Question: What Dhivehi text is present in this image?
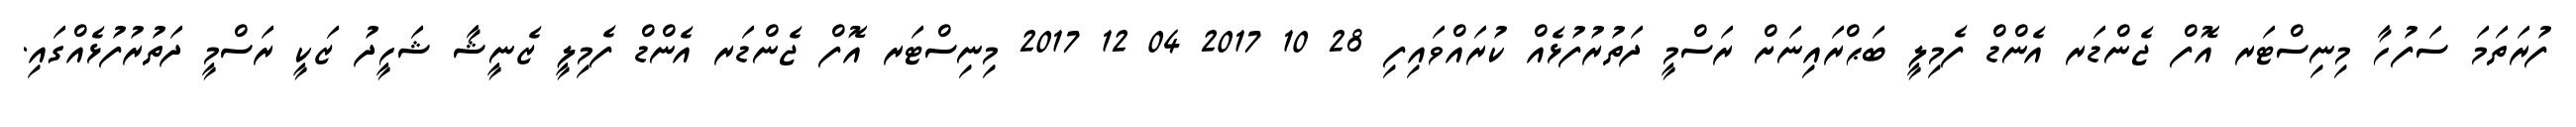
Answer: ފުރަތަމަ ސަފުހާ މިނިސްޓަރ އޮފް ޖެންޑަރ އެންޑް ފެމިލީ ބަޙްރައިނަށް ރަސްމީ ދަތުރުފުޅެއް ކުރައްވައިފި 28 10 2017 04 12 2017 މިނިސްޓަރ އޮފް ޖެންޑަރ އެންޑް ފެމިލީ ޒެނީޝާ ޝަހީދު ޒަކީ ރަސްމީ ދަތުރުފުޅެއްގައި.